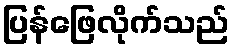
ပြန်ဖြေလိုက်သည်